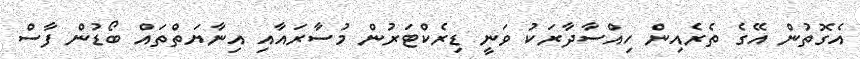
އެގޮތުން އޭގެ ތެރެއިން ހިއްސާދާރަކު ވަނީ ޑިރެކްޓަރުން މުސާރައާއި އިނާޔަތްތައް ބޯޑުން ފާސް